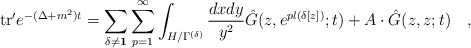
\begin{align*}{\rm tr}'e^{-(\Delta +m^2)t} = \sum_{\delta \neq {\bf 1}} \sum_{p=1}^{\infty} \int_{H/\Gamma^{(\delta)}} {{d x d y}\over{y^2}} {\hat G} (z, e^{p l(\delta[ z])};t ) + A \cdot {\hat G}(z,z;t) \quad ,\end{align*}